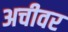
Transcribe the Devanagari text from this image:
अचीवर